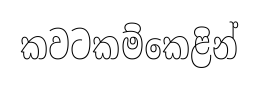
කවටකම්කෙළින්